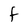
Character: F